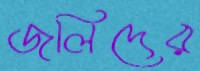
জলিদের